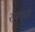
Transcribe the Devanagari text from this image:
स्ंस्थान